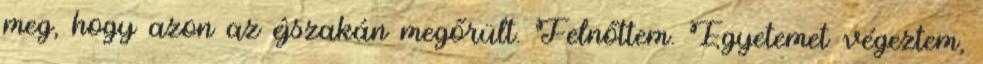
meg, hogy azon az éjszakán megőrült. Felnőttem. Egyetemet végeztem,